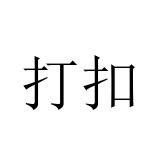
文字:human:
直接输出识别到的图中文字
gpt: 打扣